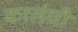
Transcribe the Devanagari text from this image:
कार्लची